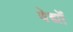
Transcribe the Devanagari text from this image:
वेद्यों